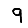
Digit: 9